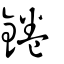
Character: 錈